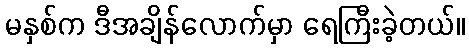
မနှစ်က ဒီအချိန်လောက်မှာ ရေကြီးခဲ့တယ်။